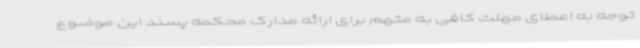
توجه به اعطای مهلت کافی به متهم برای ارائه مدارک محکمه پسند این موضوع